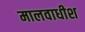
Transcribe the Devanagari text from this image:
मालवाधीश